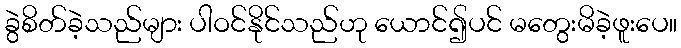
ခွဲစိတ်ခဲ့သည်များ ပါဝင်နိုင်သည်ဟု ယောင်၍ပင် မတွေးမိခဲ့ဖူးပေ။